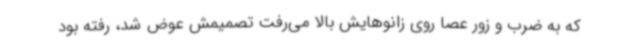
که به ضرب و زور عصا روی زانوهایش بالا می‌رفت تصمیمش عوض شد، رفته بود